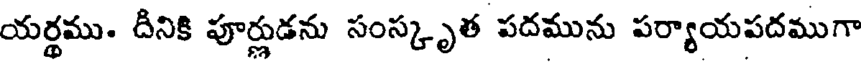
యర్థము. దీనికి పూర్ణుడను సంస్కృత పదమును పర్యాయపదముగా